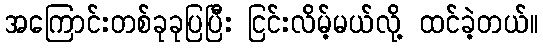
အကြောင်းတစ်ခုခုပြပြီး ငြင်းလိမ့်မယ်လို့ ထင်ခဲ့တယ်။